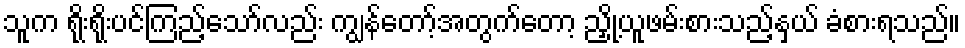
သူက ရိုးရိုးပင်ကြည့်သော်လည်း ကျွန်တော့်အတွက်တော့ ညှို့ယူဖမ်းစားသည့်နှယ် ခံစားရသည်။